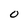
Character: 0